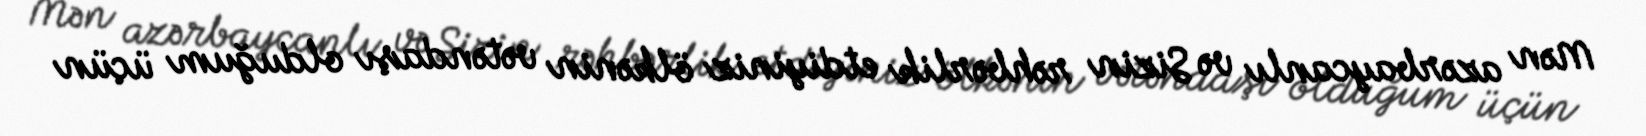
Mən azərbaycanlı və Sizin rəhbərlik etdiyiniz ölkənin vətəndaşı olduğum üçün